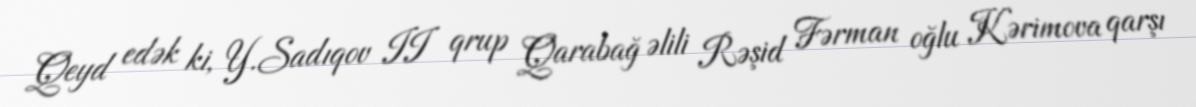
Qeyd edək ki, Y.Sadıqov II qrup Qarabağ əlili Rəşid Fərman oğlu Kərimova qarşı